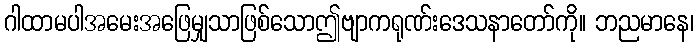
ဂါထာမပါအမေးအဖြေမျှသာဖြစ်သောဤဗျာကရုဏ်းဒေသနာတော်ကို။ ဘညမာနေ၊